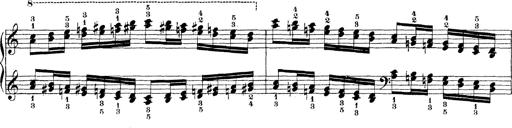
Title: Technische Studien
Composer: Franz Liszt